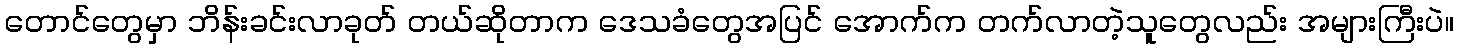
တောင်တွေမှာ ဘိန်းခင်းလာခုတ် တယ်ဆိုတာက ဒေသခံတွေအပြင် အောက်က တက်လာတဲ့သူတွေလည်း အများကြီးပဲ။